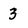
Character: 3